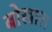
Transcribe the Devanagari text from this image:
बोखारा